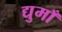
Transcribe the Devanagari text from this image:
द्युमाँ